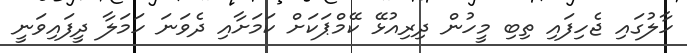
ހާލުގައި ޖެހިފައި ތިބި މީހުން ދިރިއުޅޭ ކޭމްޕަކަށް ކަމަށާއި ދެވަނަ ހަމަލާ ދީފައިވަނީ